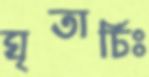
ঘৃতার্চিঃ